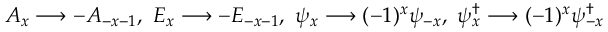
A _ { x } \longrightarrow - A _ { - x - 1 } , \ E _ { x } \longrightarrow - E _ { - x - 1 } , \ \psi _ { x } \longrightarrow ( - 1 ) ^ { x } \psi _ { - x } , \ \psi _ { x } ^ { \dag } \longrightarrow ( - 1 ) ^ { x } \psi _ { - x } ^ { \dag }